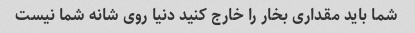
شما باید مقداری بخار را خارج کنید دنیا روی شانه شما نیست